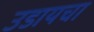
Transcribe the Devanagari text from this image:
उडायचा